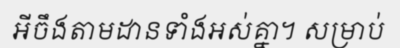
អីចឹងតាមដានទាំងអស់គ្នា។ សម្រាប់